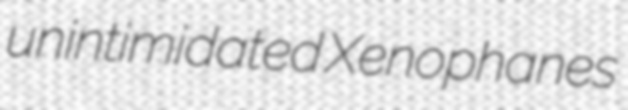
unintimidated Xenophanes